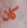
كان